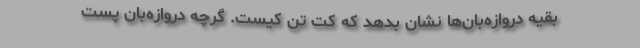
بقیه دروازه‌بان‌ها نشان بدهد که کُت تن کیست. گرچه دروازه‌بان پست